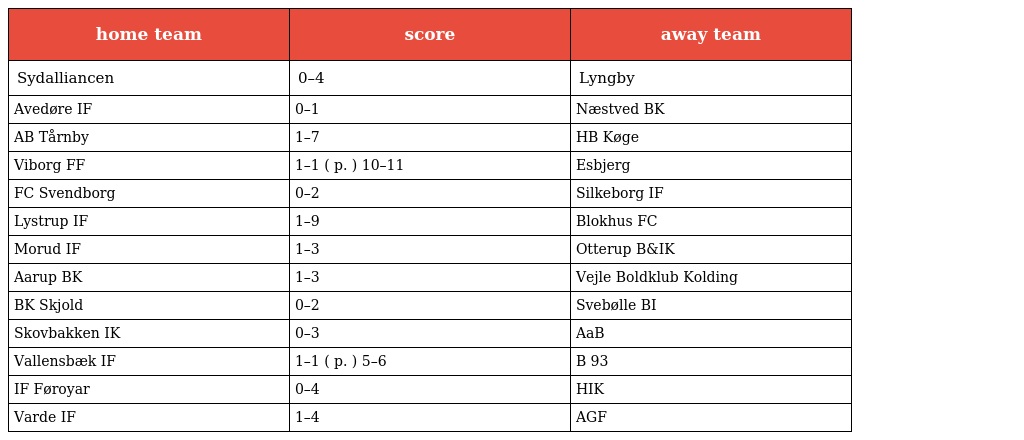
| home team | score | away team |
 | --- | --- | --- |
 | Sydalliancen | 0–4 | Lyngby |
 | Avedøre IF | 0–1 | Næstved BK |
 | AB Tårnby | 1–7 | HB Køge |
 | Viborg FF | 1–1 ( p. ) 10–11 | Esbjerg |
 | FC Svendborg | 0–2 | Silkeborg IF |
 | Lystrup IF | 1–9 | Blokhus FC |
 | Morud IF | 1–3 | Otterup B&IK |
 | Aarup BK | 1–3 | Vejle Boldklub Kolding |
 | BK Skjold | 0–2 | Svebølle BI |
 | Skovbakken IK | 0–3 | AaB |
 | Vallensbæk IF | 1–1 ( p. ) 5–6 | B 93 |
 | IF Føroyar | 0–4 | HIK |
 | Varde IF | 1–4 | AGF |